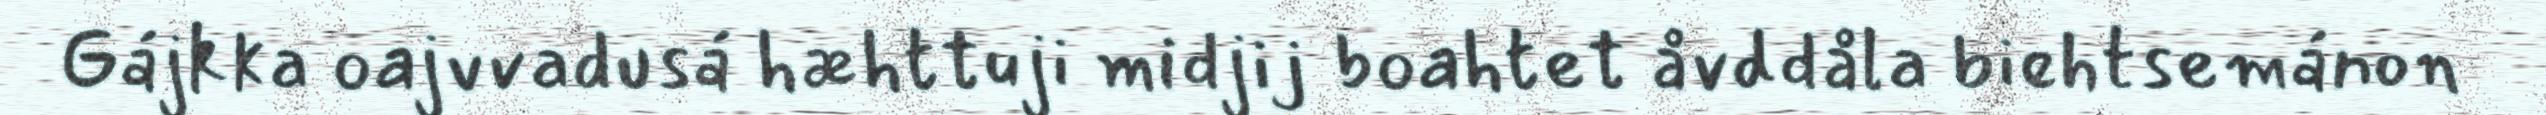
Gájkka oajvvadusá hæhttuji midjij boahtet åvddåla biehtsemánon